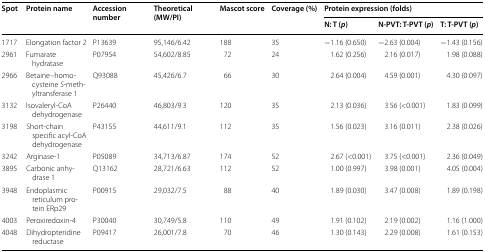
<table><thead><tr><td rowspan="2"><b>Spot</b></td><td rowspan="2"><b>Protein name</b></td><td rowspan="2"><b>Accession number</b></td><td rowspan="2"><b>Theoretical (MW/PI)</b></td><td rowspan="2"><b>Mascot score</b></td><td rowspan="2"><b>Coverage (%)</b></td><td colspan="3"><b>Protein expression (folds)</b></td></tr><tr><td><b>N: T (<i>p</i>)</b></td><td><b>N-PVT: T-PVT (<i>p</i>)</b></td><td><b>T: T-PVT (<i>p</i>)</b></td></tr></thead><tbody><tr><td>1717</td><td>Elongation factor 2</td><td>P13639</td><td>95,146/6.42</td><td>188</td><td>35</td><td>−1.16 (0.650)</td><td>−2.63 (0.004)</td><td>−1.43 (0.156)</td></tr><tr><td>2961</td><td>Fumarate hydratase</td><td>P07954</td><td>54,602/8.85</td><td>72</td><td>24</td><td>1.62 (0.256)</td><td>2.16 (0.017)</td><td>1.98 (0.088)</td></tr><tr><td>2966</td><td>Betaine–homocysteine <i>S</i>-methyltransferase 1</td><td>Q93088</td><td>45,426/6.7</td><td>66</td><td>30</td><td>2.64 (0.004)</td><td>4.59 (0.001)</td><td>4.30 (0.097)</td></tr><tr><td>3132</td><td>Isovaleryl-CoA dehydrogenase</td><td>P26440</td><td>46,803/9.3</td><td>120</td><td>35</td><td>2.13 (0.036)</td><td>3.56 (&lt;0.001)</td><td>1.83 (0.099)</td></tr><tr><td>3198</td><td>Short-chain specific acyl-CoA dehydrogenase</td><td>P43155</td><td>44,611/9.1</td><td>112</td><td>35</td><td>1.56 (0.023)</td><td>3.16 (0.011)</td><td>2.38 (0.026)</td></tr><tr><td>3242</td><td>Arginase-1</td><td>P05089</td><td>34,713/6.87</td><td>174</td><td>52</td><td>2.67 (&lt;0.001)</td><td>3.75 (&lt;0.001)</td><td>2.36 (0.049)</td></tr><tr><td>3895</td><td>Carbonic anhydrase 1</td><td>Q13162</td><td>28,721/6.63</td><td>112</td><td>52</td><td>1.00 (0.997)</td><td>3.98 (0.001)</td><td>4.05 (0.004)</td></tr><tr><td>3948</td><td>Endoplasmic reticulum protein ERp29</td><td>P00915</td><td>29,032/7.5</td><td>88</td><td>40</td><td>1.89 (0.030)</td><td>3.47 (0.008)</td><td>1.89 (0.198)</td></tr><tr><td>4003</td><td>Peroxiredoxin-4</td><td>P30040</td><td>30,749/5.8</td><td>110</td><td>49</td><td>1.91 (0.102)</td><td>2.19 (0.002)</td><td>1.16 (1.000)</td></tr><tr><td>4048</td><td>Dihydropteridine reductase</td><td>P09417</td><td>26,001/7.8</td><td>70</td><td>46</td><td>1.30 (0.143)</td><td>2.29 (0.008)</td><td>1.61 (0.153)</td></tr></tbody></table>